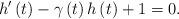
LaTeX: \begin{align*}h^{\prime}\left( t\right) -\gamma\left( t\right) h\left( t\right) +1=0.\end{align*}